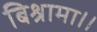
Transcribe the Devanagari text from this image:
बिश्रामा।।